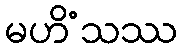
မဟိံသဿ